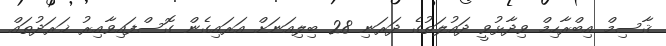
ޤާސިމް އިބްރާހިމް ވިދާޅުވީ ދައުލަތުގެ ދަރަނި 28 ބިލިއަނަށް އަރައިގެން ގޮސްފައިވާއިރު ޚަރަދުތައް